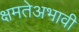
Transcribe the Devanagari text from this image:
क्षमतेअभावी